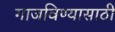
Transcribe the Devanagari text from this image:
गाजविण्यासाठी